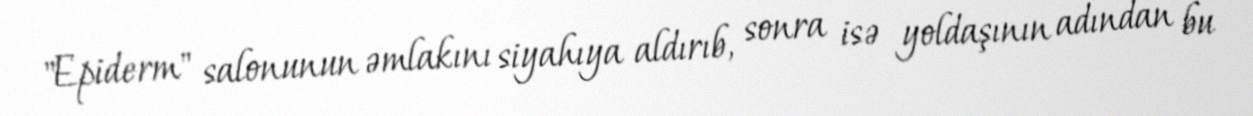
"Epiderm" salonunun əmlakını siyahıya aldırıb, sonra isə yoldaşının adından bu